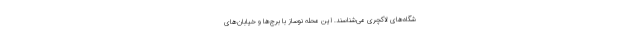
شگاه‌های لاکچری می‌شناسند. این محله نوساز با برج‌ها و خیابان‌های